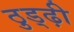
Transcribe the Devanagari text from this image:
ठुड्ढ़ी